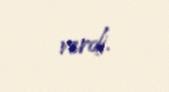
verdi.